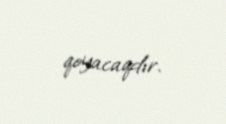
qoyacaqdır.